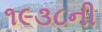
૧૯૩૮ની